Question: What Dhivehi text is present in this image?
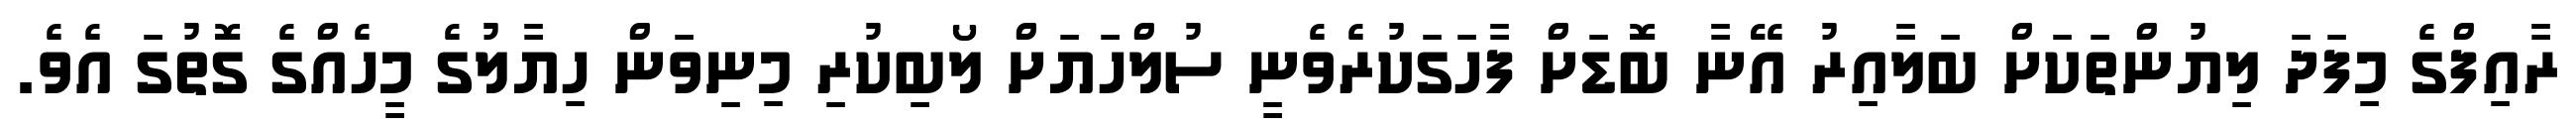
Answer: ރާއިފްގެ މިފަދަ ލިޔުންތަކަށް ބަލާއިރު އޭނާ ބޮޑަށް ފާހަގަކުރެވެނީ ސުލްހަޔަށް ލޯބިކުރި މިނިވަން ހިޔާލުގެ މީހެއްގެ ގޮތުގަ އެވެ.